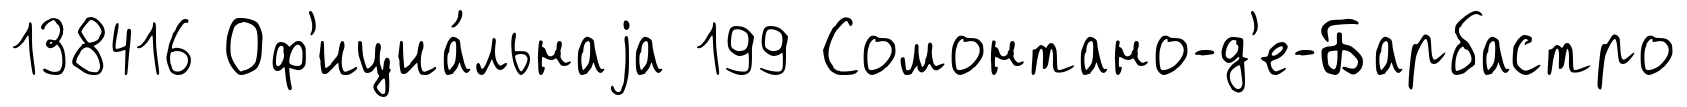
138416 Оф'ициа́льнаjа 199 Сомонтано-д'е-Барбастро